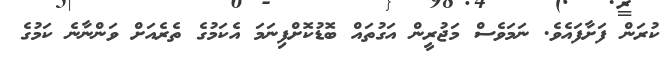
ކުރަން ފަށާފައެވެ. ނަމަވެސް މަޖުރީން އަގުތައް ބޮޑުކޮށްފިނަމަ އެކަމުގެ ތެރެއަށް ވަންނާނެ ކަމުގެ